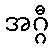
အဂ္ဂီ